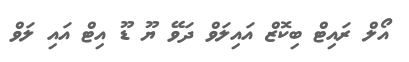
އޯލް ރައިޓް ބިކޮޒް އައިލަވް ދަވޭ ޔޫ ޑޫ އިޓް އައި ލަވް